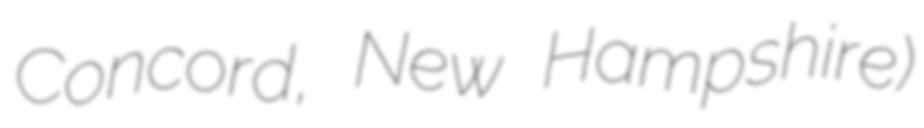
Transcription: Concord, New Hampshire)